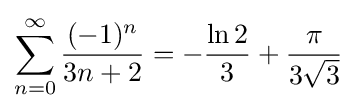
\sum _{n=0}^{\infty }{\frac {(-1)^{n}}{3n+2}}=-{\frac {\ln 2}{3}}+{\frac {\pi }{3{\sqrt {3}}}}